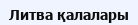
Литва қалалары